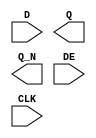
module sky130_fd_sc_hd__edfxbp (
    //# {{data|Data Signals}}
    input  D  ,
    output Q  ,
    output Q_N,

    //# {{control|Control Signals}}
    input  DE ,

    //# {{clocks|Clocking}}
    input  CLK
);

    // Voltage supply signals
    supply1 VPWR;
    supply0 VGND;
    supply1 VPB ;
    supply0 VNB ;

endmodule